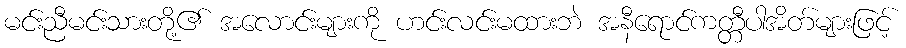
မင်းညီမင်းသားတို့၏ အလောင်းများကို ဟင်းလင်းမထားဘဲ အနီရောင်ကတ္တီပါအိတ်များဖြင့်